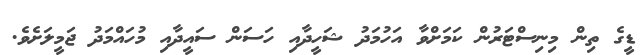
ޑީގެ ތިން މިނިސްޓަރުން ކަމަށްވާ އަހުމަދު ޝަހީދާއި ހަސަން ސައީދާއި މުހައްމަދު ޖަމީލަށެވެ.